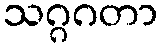
သဂ္ဂဂတာ